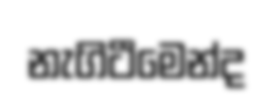
නැගිටීමෙන්ද